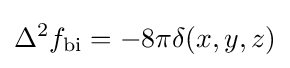
\Delta ^{2}f_{\text{bi}}=-8\pi \delta (x,y,z)